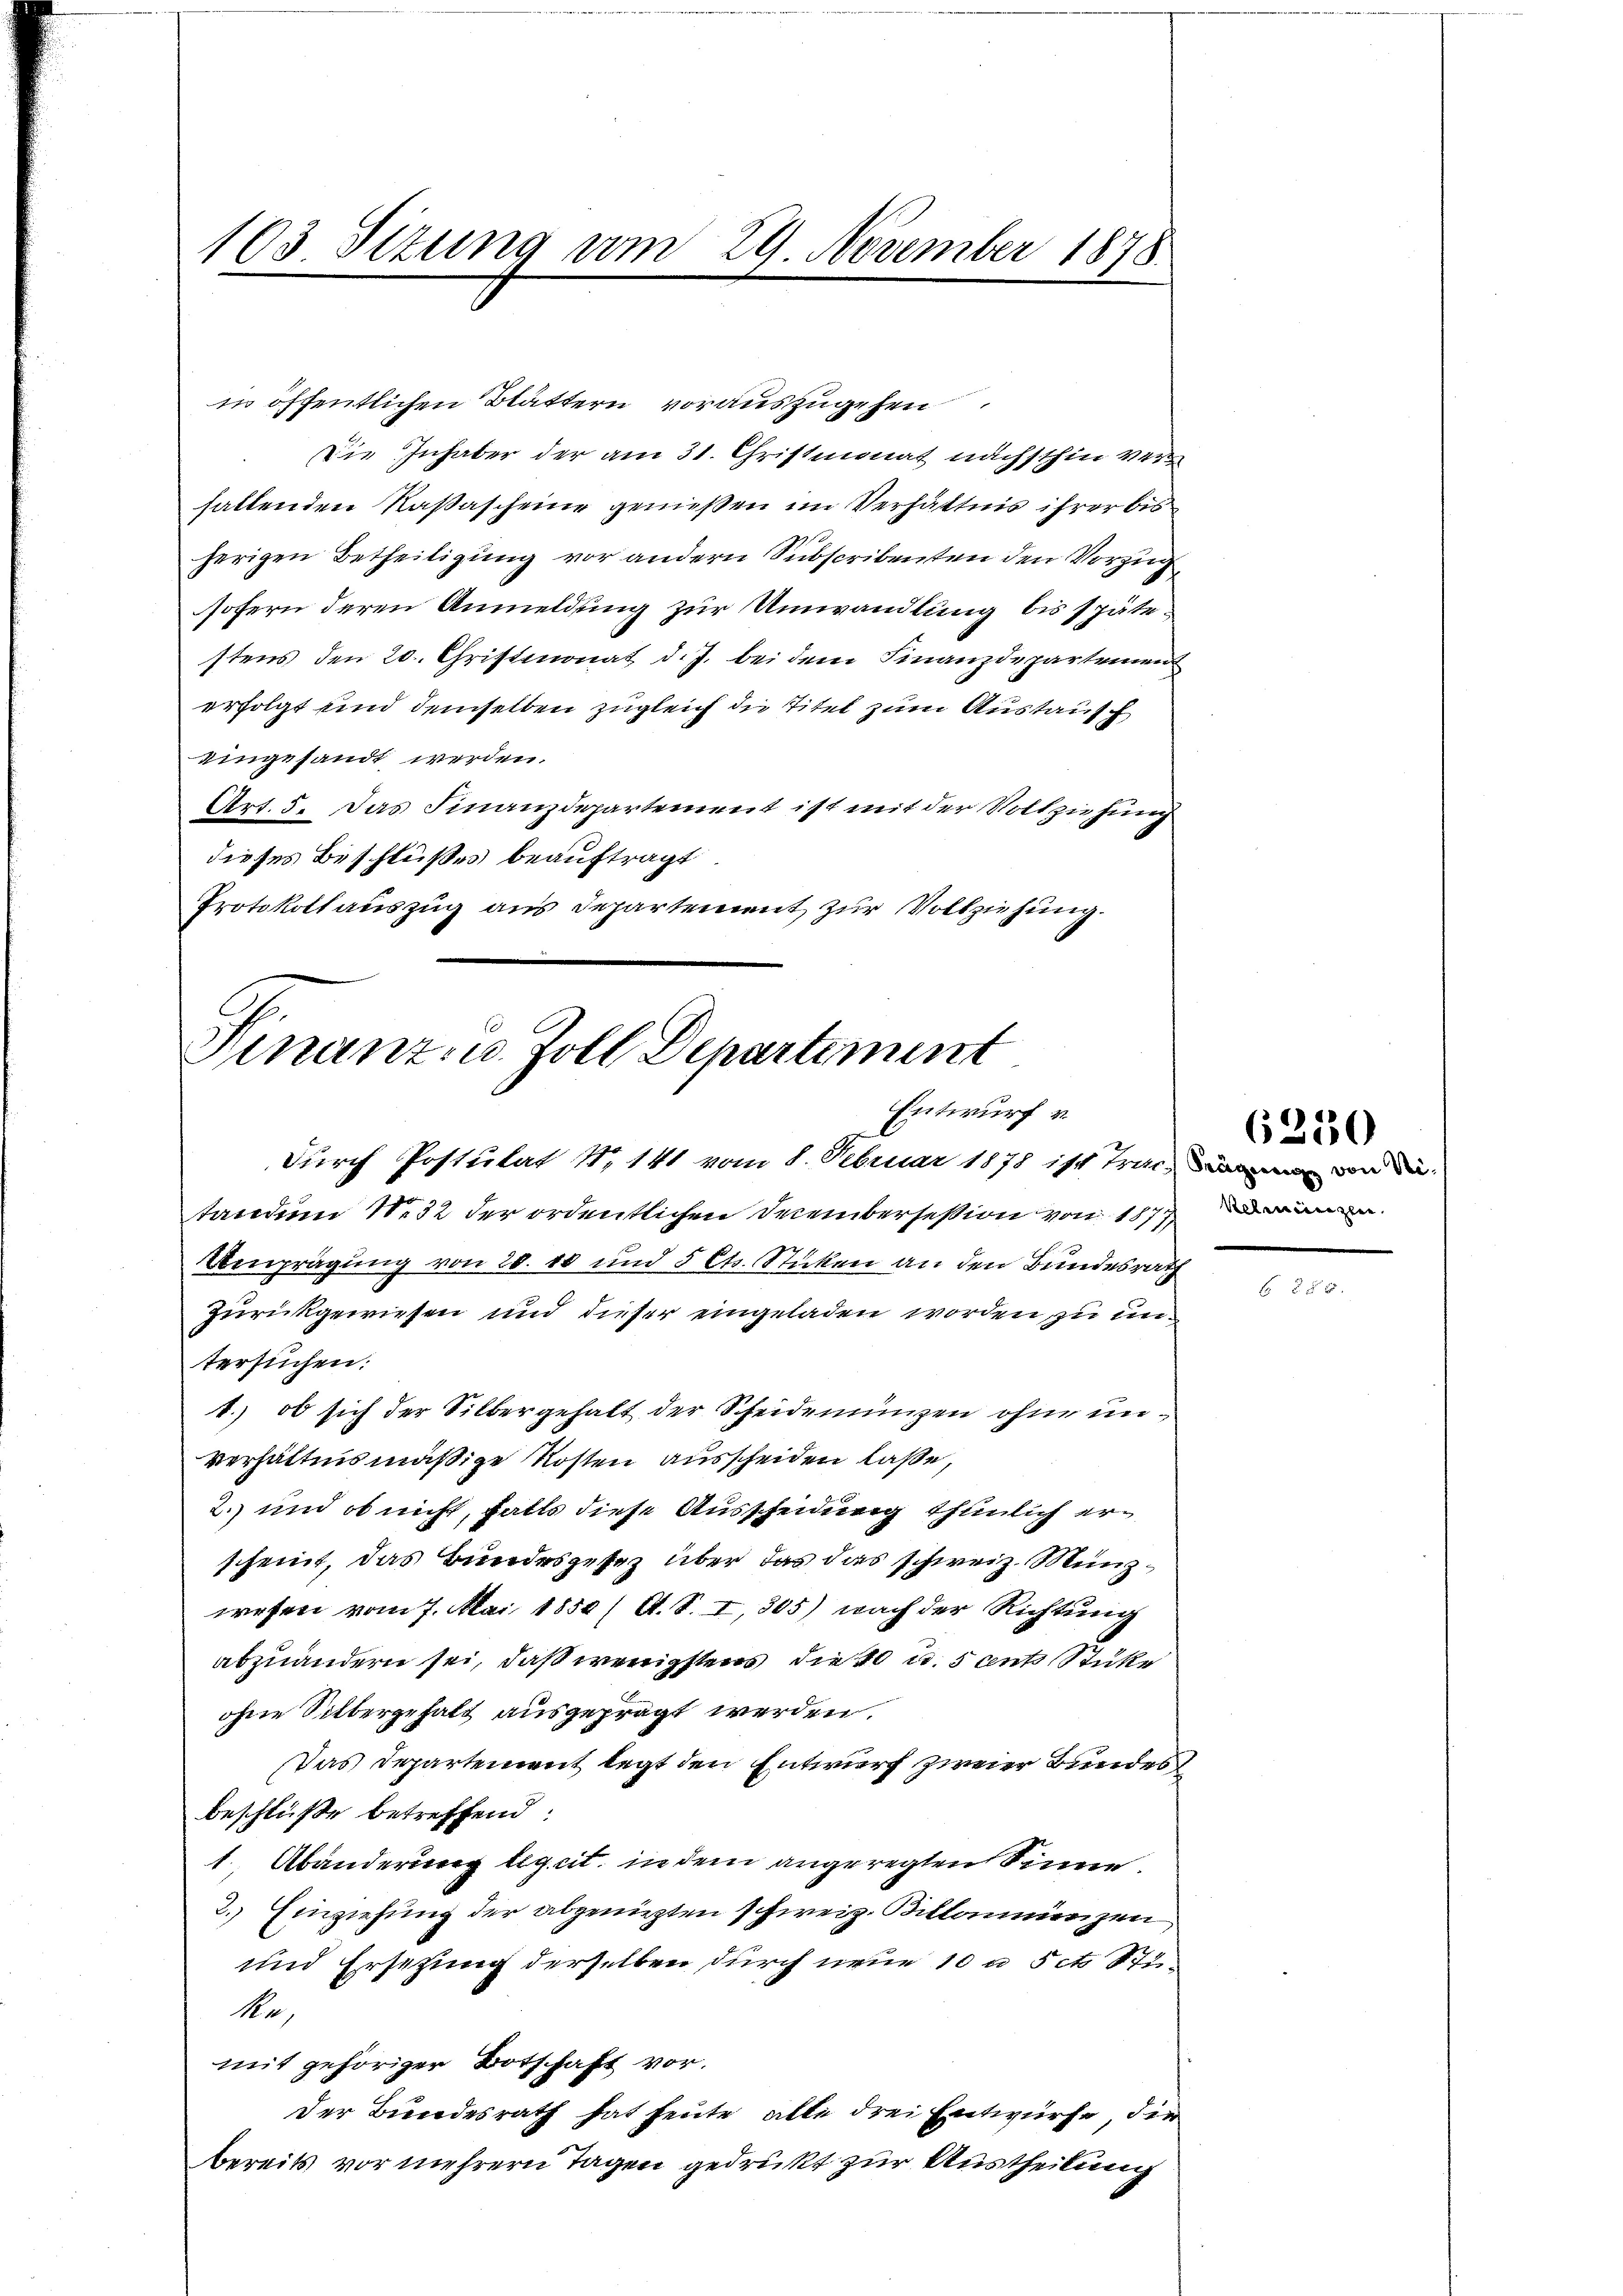
103 Stzung vom 29. November 1878

in öffentlichen Blättern vorauszugehen
Die Inhaber der am 31. Christmonat nächsthin verhattenden Kaßascheine genießen im Verhältnis ihrer bis
herigen Betheiligung vor andern Subscribenten den Vorzug
sofern deren Anmeldung zur Umwandlung bis spätestens den 20. Christmonat d. J. bei dem Finanzdepartemen
erfolgt und demselben zugleich die Titel zum Austauff
eingesandt werden.
Art. 5. Das Finanzdepartement ist mit der Vollziehung
dieses Beschlußes beauftragt
Protokollauszug aus Departement zur Vollziehung.

Finanz- u. Zoll Departement
Entwurf u.

durch Postulat N. 141 vom 8. Februar 1878 ist Trini, von de
tanden 132 der ordentlichen Dreibersession von 1877 einen
mprägung von 20. 10 und 5 Cts. Sticken an den Bundesrath
Zurückgewiesen und dieser eingeladen worden, zu untersuchen:
1.) ob sich der Silbergehalt der Scheidenungen ohne unverhältnismäßige Kosten ausscheiden laße,
2. und ob nicht, falls diese Ausscheidung thunlich erscheint, das Bundesgesez über das das schweiz. Münzwesen vom 7. Mai 1850 /A. S. I 805) nach der Richtung
abzuändern sei, daß wenigstens die 40 u. 5 ents Stücke
ohne Sittergehalt ausgeprägt werden.
Das Departement legt den Entwurf zweier Bundes
beschluße betreffend:
1, Abänderung leget, in dem angeregten Sinne.
2.) Einziehung der abgenügten schweiz. Billammenzen
und Ersetzung derselben durch neue 10 a 5 cts. Sti¬
Mn,
mit gehöriger Botschaft vor.
Der Bundesrath hat heute, alle drei Entwürfe, die
bereits vor mehrern Tagen gedrukt zur Austheilung

6250